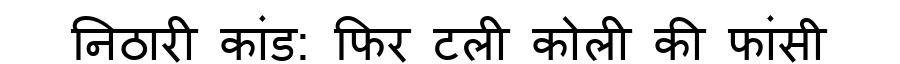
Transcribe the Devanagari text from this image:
निठारी कांड: फिर टली कोली की फांसी